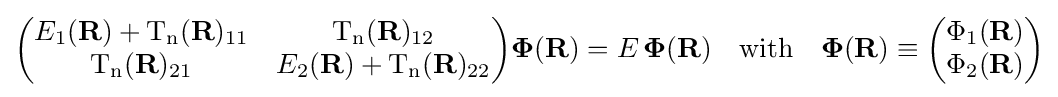
{\begin{pmatrix}E_{1}(\mathbf {R} )+\mathrm {T_{n}} (\mathbf {R} )_{11}&\mathrm {T_{n}} (\mathbf {R} )_{12}\\\mathrm {T_{n}} (\mathbf {R} )_{21}&E_{2}(\mathbf {R} )+\mathrm {T_{n}} (\mathbf {R} )_{22}\\\end{pmatrix}}{\boldsymbol {\Phi }}(\mathbf {R} )=E\,{\boldsymbol {\Phi }}(\mathbf {R} )\quad \mathrm {with} \quad {\boldsymbol {\Phi }}(\mathbf {R} )\equiv {\begin{pmatrix}\Phi _{1}(\mathbf {R} )\\\Phi _{2}(\mathbf {R} )\\\end{pmatrix}}